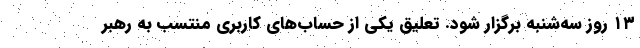
۱۳ روز سه‌شنبه برگزار شود. تعلیق یکی از حساب‌های کاربری منتسب به رهبر